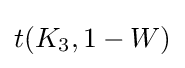
t(K_{3},1-W)